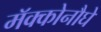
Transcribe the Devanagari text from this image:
मॅक्कोनौघे